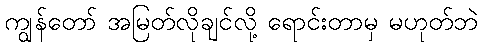
ကျွန်တော် အမြတ်လိုချင်လို့ ရောင်းတာမှ မဟုတ်ဘဲ